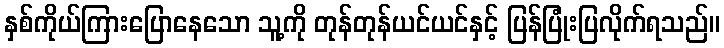
နှစ်ကိုယ်ကြားပြောနေသော သူ့ကို တုန်တုန်ယင်ယင်နှင့် ပြန်ပြုံးပြလိုက်ရသည်။